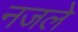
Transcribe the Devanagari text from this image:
नजले